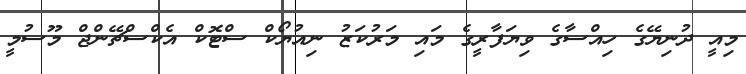
މިއީ ދުނިޔޭގެ ހިއްސާގެ ވިޔަފާރީގެ މައި މަރުކަޒު ނިއުޔޯކް ސްޓޮކް އެކްސްޗޭންޖް މޫސުމީ